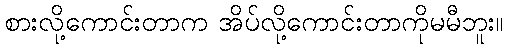
စားလို့ကောင်းတာက အိပ်လို့ကောင်းတာကိုမမီဘူး။